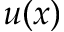
u ( x )